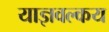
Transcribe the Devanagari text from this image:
याज्ञवल्‍कय